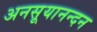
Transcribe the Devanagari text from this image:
अनसूयानन्‍दन